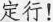
定行！